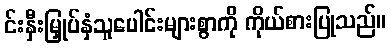
င်းနှီးမြှုပ်နှံသူပေါင်းများစွာကို ကိုယ်စားပြုသည်။